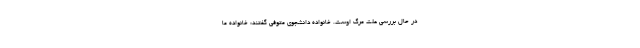
در حال بررسی علت مرگ اوست. خانواده‌ دانشجوی متوفی گفتند: خانواده ما